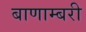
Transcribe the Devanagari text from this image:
बाणाम्बरी